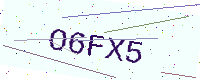
Text: O6FX5